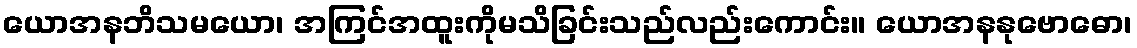
ယောအနဘိသမယော၊ အကြင်အထူးကိုမသိခြင်းသည်လည်းကောင်း။ ယောအနနုဗောဓော၊